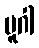
ပူဂါ